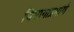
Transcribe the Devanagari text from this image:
विभागाप्रमाणे